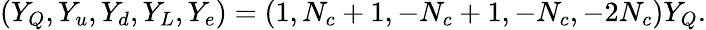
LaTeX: (Y_{Q},Y_{u},Y_{d},Y_{L},Y_{e})=(1,N_{c}+1,-N_{c}+1,-N_{c},-2N_{c})Y_{Q}.